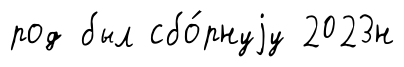
род был сбо́рнуjу 2023н